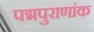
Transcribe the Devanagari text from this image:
पद्मपुराणांक